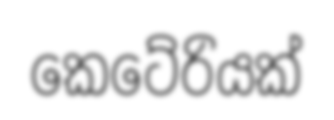
කෙටේරියක්